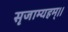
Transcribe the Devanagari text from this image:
सृजाम्यहम्।।